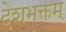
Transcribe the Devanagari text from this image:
देशभक्तम्